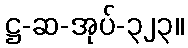
ဋ္ဌ-ဆ-အုပ်-၃၂၃။